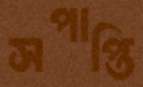
সপাপ্তি